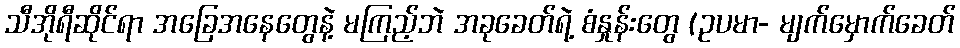
သီအိုရီဆိုင်ရာ အခြေအနေတွေနဲ့ မကြည့်ဘဲ အခုခေတ်ရဲ့ စံနှုန်းတွေ (ဥပမာ- မျက်မှောက်ခေတ်